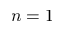
n = 1